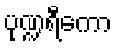
ပုဏ္ဍရီကော